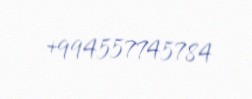
+994557745784